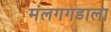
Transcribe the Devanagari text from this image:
मंलगगडाला